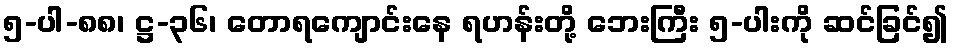
၅-ပါ-၈၈၊ ဋ္ဌ-၃၆၊ တောရကျောင်းနေ ရဟန်းတို့ ဘေးကြီး ၅-ပါးကို ဆင်ခြင်၍